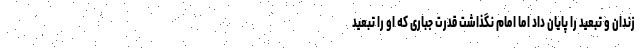
زندان و تبعید را پایان داد اما امام نگذاشت قدرت جباری که او را تبعید